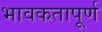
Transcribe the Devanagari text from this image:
भावकतापूर्ण